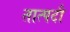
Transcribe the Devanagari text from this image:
तात्पदौ